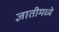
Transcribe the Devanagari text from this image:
ज्ञातीमध्ये